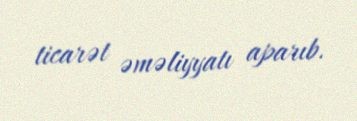
ticarət əməliyyatı aparıb.